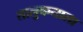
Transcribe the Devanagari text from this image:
तालुकयाला